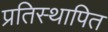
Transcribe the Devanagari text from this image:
प्रतिस्थापित